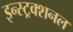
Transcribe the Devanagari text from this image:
इन्स्ट्रक्शनल